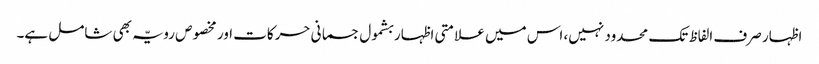
اظہار صرف الفاظ تک محدود نہیں، اس میں علامتی اظہار بشمول جسمانی حرکات اور مخصوص رویّہ بھی شامل ہے۔